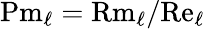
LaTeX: \textrm{Pm}_{\ell}=\textrm{Rm}_{\ell}/\textrm{Re}_{\ell}